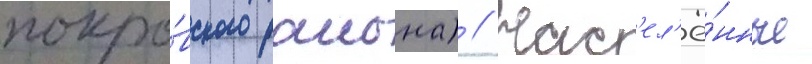
покро́вского раиона) // Нас'ел'ё́нные